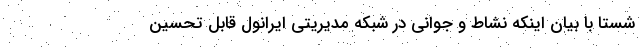
شستا با بیان اینکه نشاط و جوانی در شبکه مدیریتی ایرانول قابل تحسین